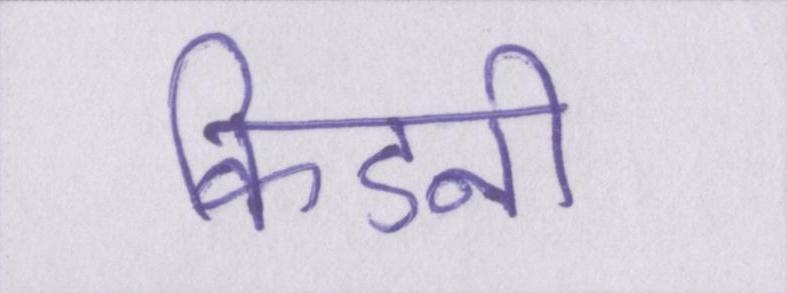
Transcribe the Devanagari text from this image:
किडनी